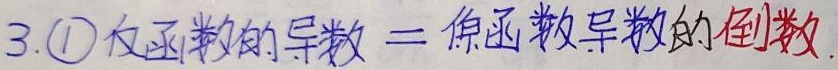
3. \textcircled{1} 反函数的导数 = 原函数导数的倒数.